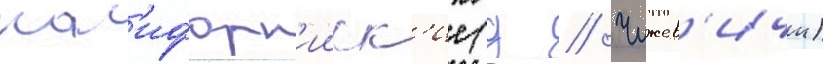
кал'ифорн'ииск'ие (д // Чижев'ичи)